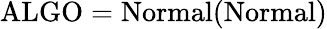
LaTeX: \mathrm{ALGO}=\mathrm{Normal}(\mathrm{Normal})